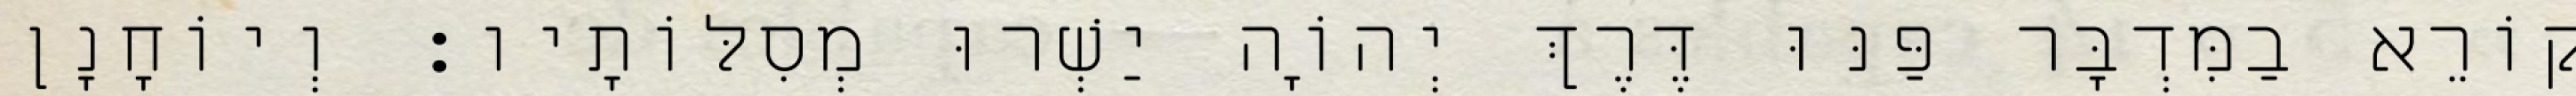
קוֹרֵא בַמִּדְבָּר פַּנּוּ דֶּרֶךְ יְהוָֹה יַשְׁרוּ מְסִלּוֹתָיו׃ וְיוֹחָנָן